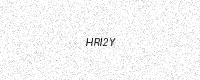
Text: HRI2Y